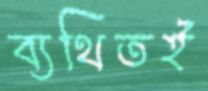
ব্যথিতই